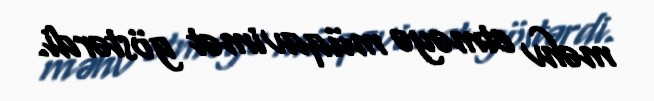
məhv etməyə müqavimət göstərdi.